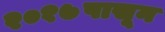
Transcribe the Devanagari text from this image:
२०१७पासून